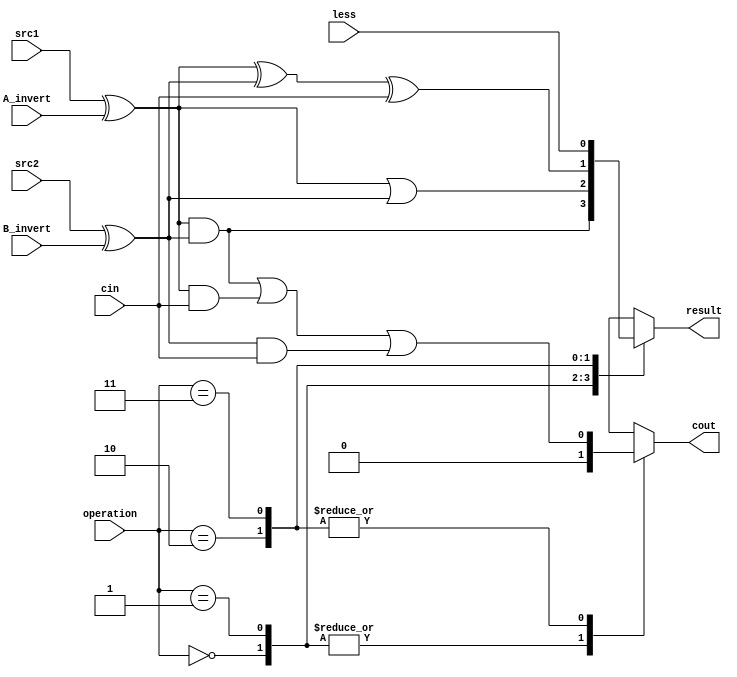
`timescale 1ns/1ps

module alu_top(
               src1,       //1 bit source 1 (input)
               src2,       //1 bit source 2 (input)
               less,       //1 bit less     (input)
               A_invert,   //1 bit A_invert (input)
               B_invert,   //1 bit B_invert (input)
               cin,        //1 bit carry in (input)
               operation,  //operation      (input)
               result,     //1 bit result   (output)
               cout        //1 bit carry out(output)
               );

input         src1;
input         src2;
input         less;
input         A_invert;
input         B_invert;
input         cin;
input [2-1:0] operation;

output        result;
output        cout;

reg           cout;
reg           result;


reg a, b;

always@( * )
begin
  a = src1 ^ A_invert;  // the mux to get real operand a
  b = src2 ^ B_invert;  // get b

  case (operation[1:0])
      // and/or/add/slt
      4'b00: begin result = a&b; cout = 0; end   // use the builtin and/or operators
      4'b01: begin result = a|b; cout = 0; end
      4'b10: begin result = a^b^cin; cout = a&b | a&cin | b&cin; end   // this is a full adder
      4'b11: begin result = less; cout = a&b | a&cin | b&cin; end      // set less to result, pass the carry to next stage
    endcase
end
endmodule